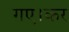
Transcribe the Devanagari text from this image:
गए।कर